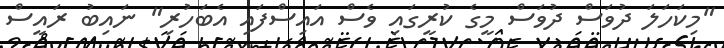
"މިކަހަލަ ދުވަސް ދުވަސް މީގެ ކުރީގައި ވެސް އައިސްފައި އެބަހުރި" ނައިބު ރައީސް